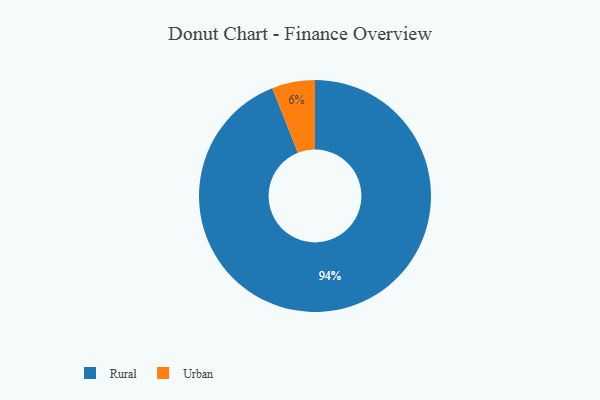
{"axis": {"x": "Category", "y": "Percentage"}, "legend": ["Rural", "Urban"], "data": [{"x": "Urban", "y": 6, "type": "Urban"}, {"x": "Rural", "y": 94, "type": "Rural"}]}